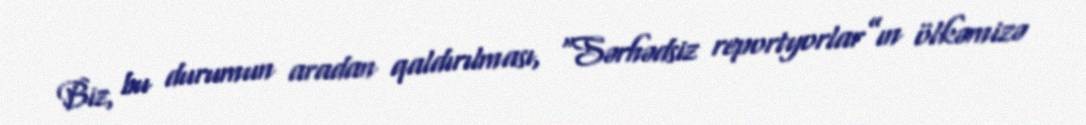
Biz, bu durumun aradan qaldırılması, “Sərhədsiz reportyorlar”ın ölkəmizə